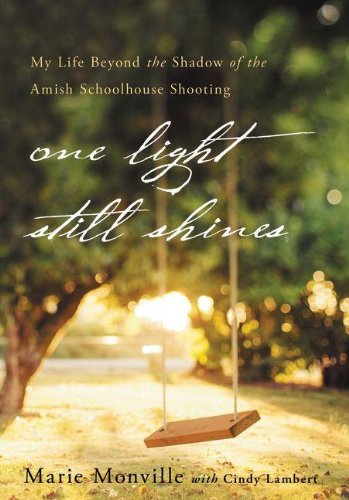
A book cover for One Light Still Shines: My Life Beyond the Shadow of the Amish Schoolhouse Shooting; Marie Monville; Christian Books & Bibles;